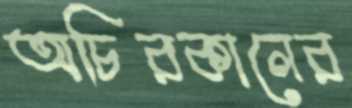
অচিরকালের